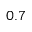
0 . 7